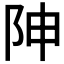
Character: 𨸬